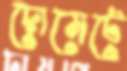
দোমেটে